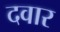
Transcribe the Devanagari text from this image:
दवार